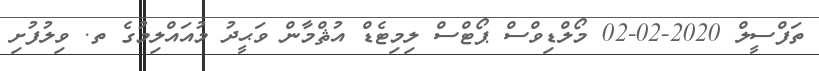
ތަފްސީލް 2020-02-02 މޯލްޑިވްސް ޕޯޓްސް ލިމިޓެޑް އުޘްމާން ވަޙީދު މުއައްލިމުގެ ތ. ވިލުފުށި